65_HS1-834228961_62-HQ-83894_Serial_438
Agency: FBI
Page 35
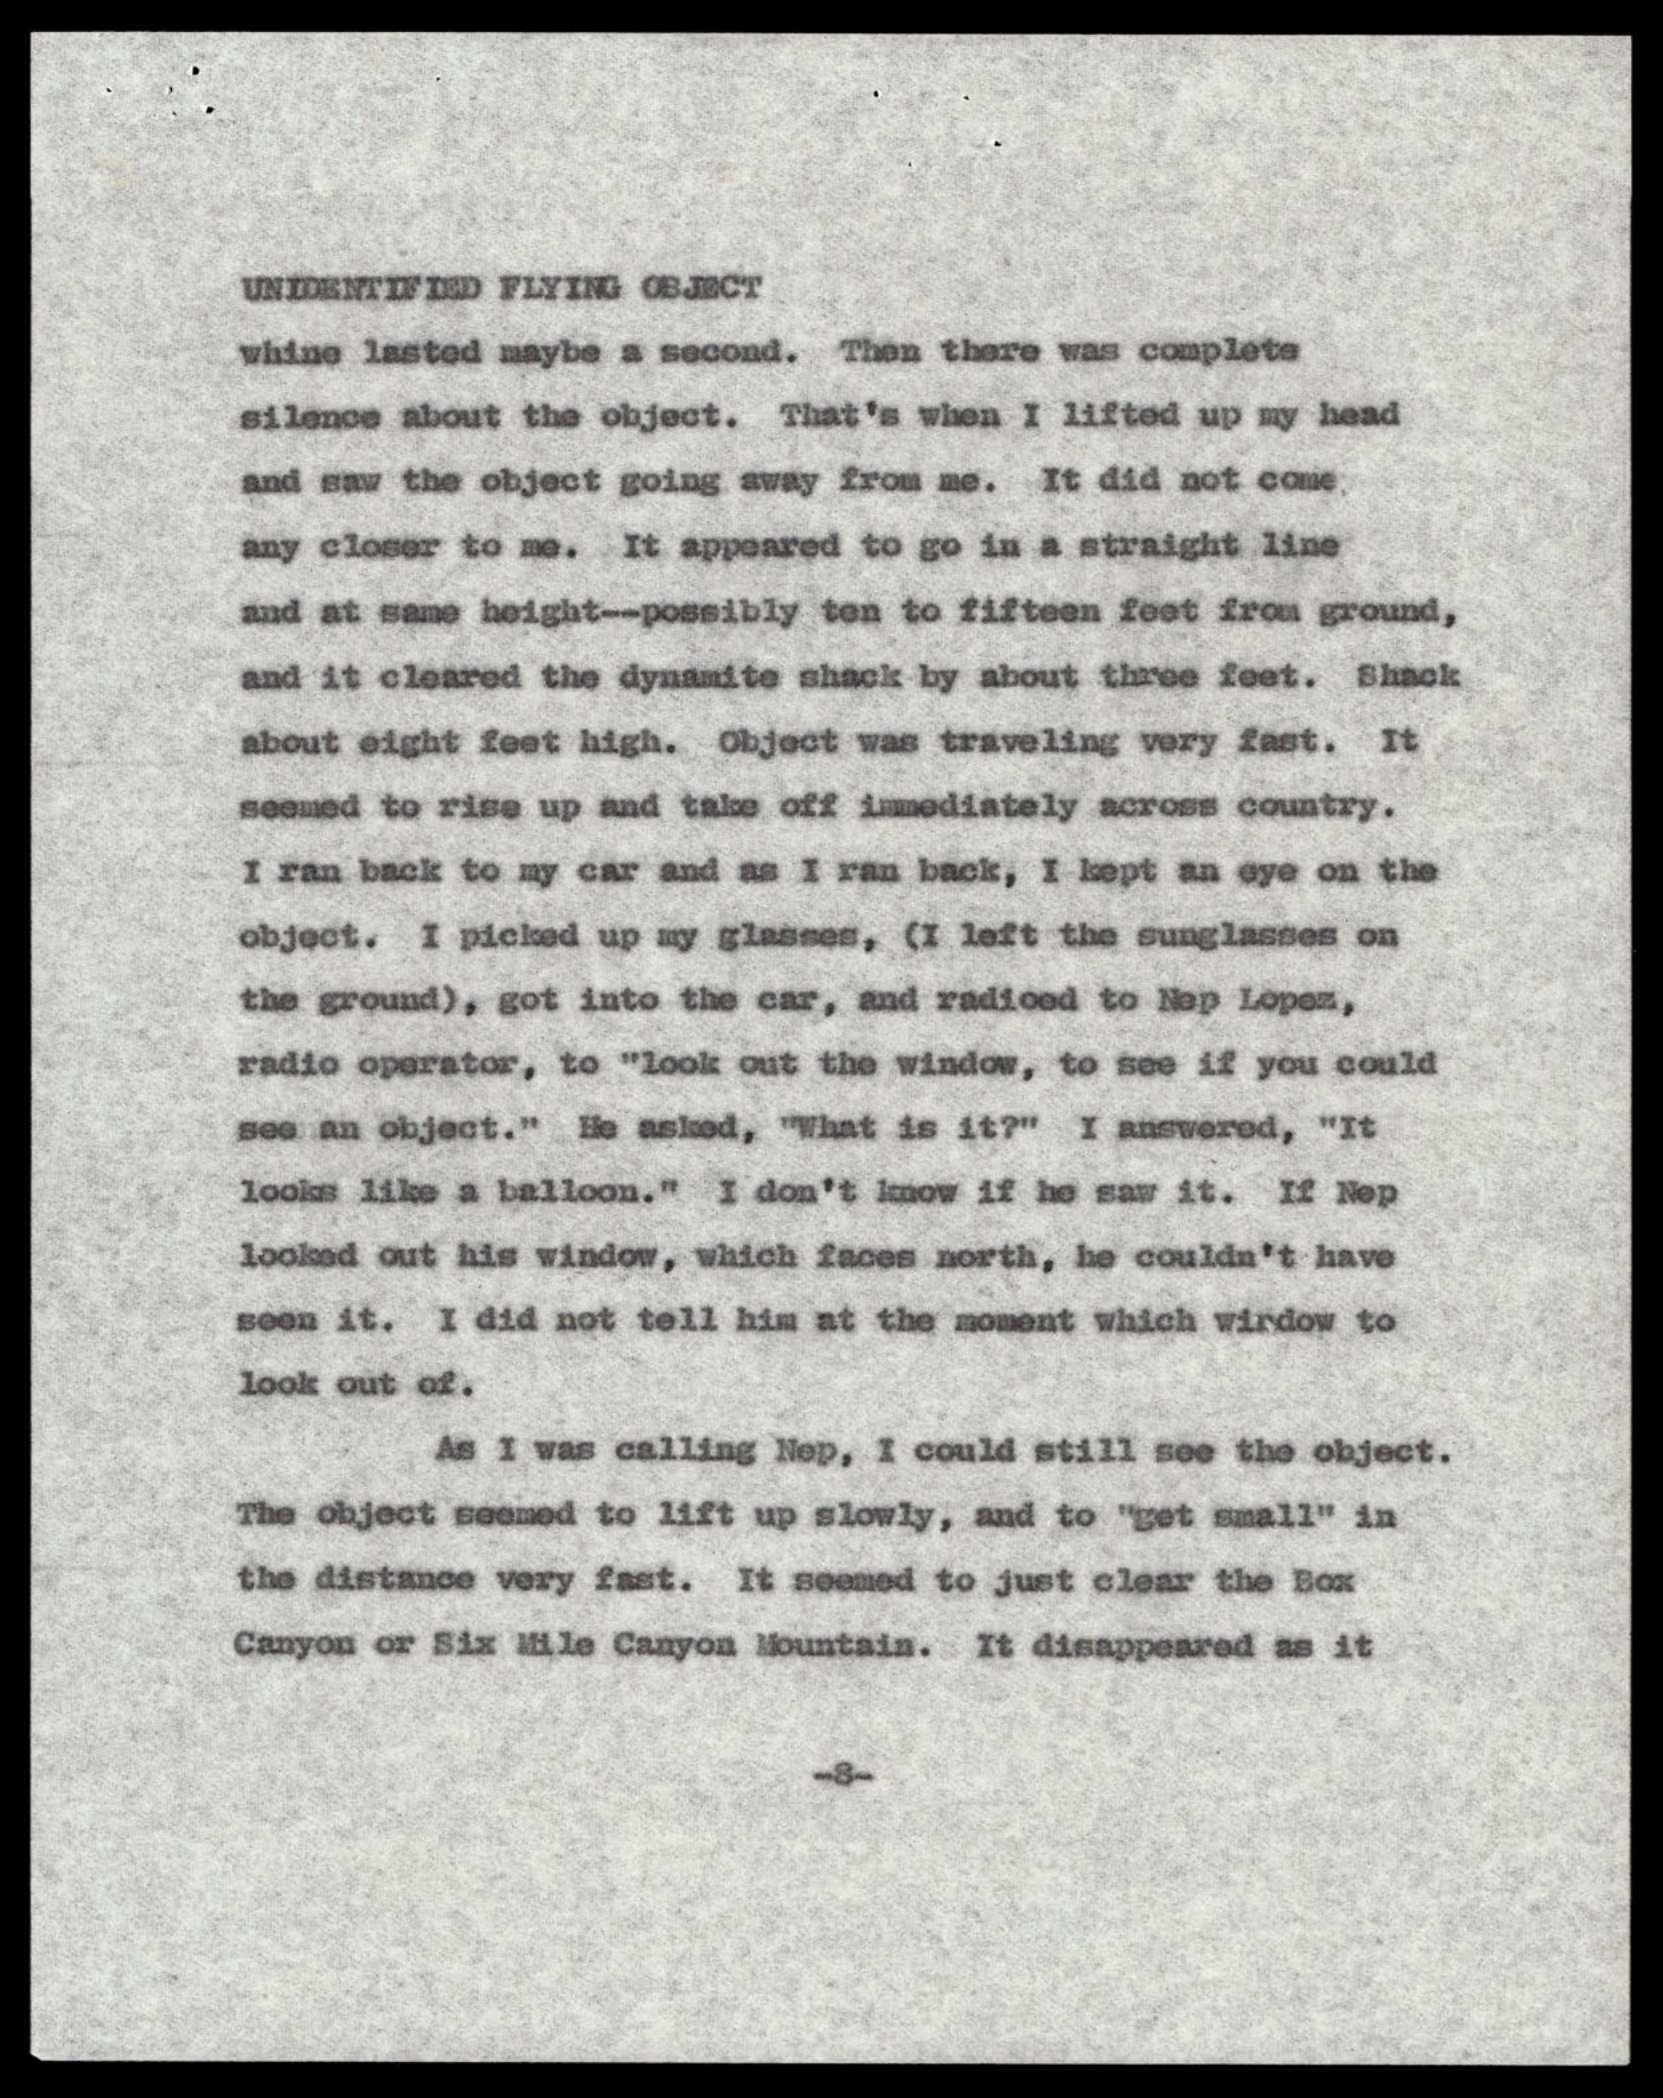